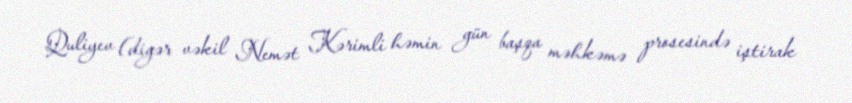
Quliyev (digər vəkil Nemət Kərimli həmin gün başqa məhkəmə prosesində iştirak